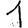
Digit: 1